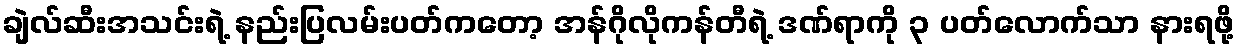
ချဲလ်ဆီးအသင်းရဲ့ နည်းပြလမ်းပတ်ကတော့ အန်ဂိုလိုကန်တီရဲ့ ဒဏ်ရာကို ၃ ပတ်လောက်သာ နားရဖို့